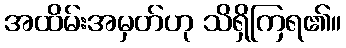
အထိမ်းအမှတ်ဟု သိရှိကြရ၏။